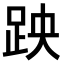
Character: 𫏅